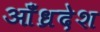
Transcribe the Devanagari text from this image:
आँध्रदेश